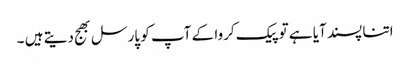
اتنا پسند آیا ہے تو پیک کروا کے آپ کو پارسل بھج دیتے ہیں ۔